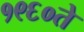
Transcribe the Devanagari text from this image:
१९६०ते